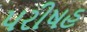
પરીષહ